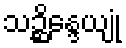
သဉ္ဆိန္ဒေယျုံ